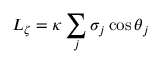
L _ { \zeta } = \kappa \sum _ { j } \sigma _ { j } \cos \theta _ { j }